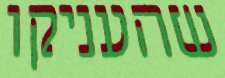
שהעניקו